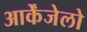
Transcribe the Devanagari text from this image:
आर्केंजेलो